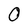
Character: 0